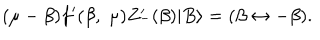
( \mu - \beta ) f ^ { \prime } ( \beta , \; \mu ) Z _ { - } ^ { \prime } ( \beta ) | B \rangle = ( \beta \leftrightarrow - \beta ) .